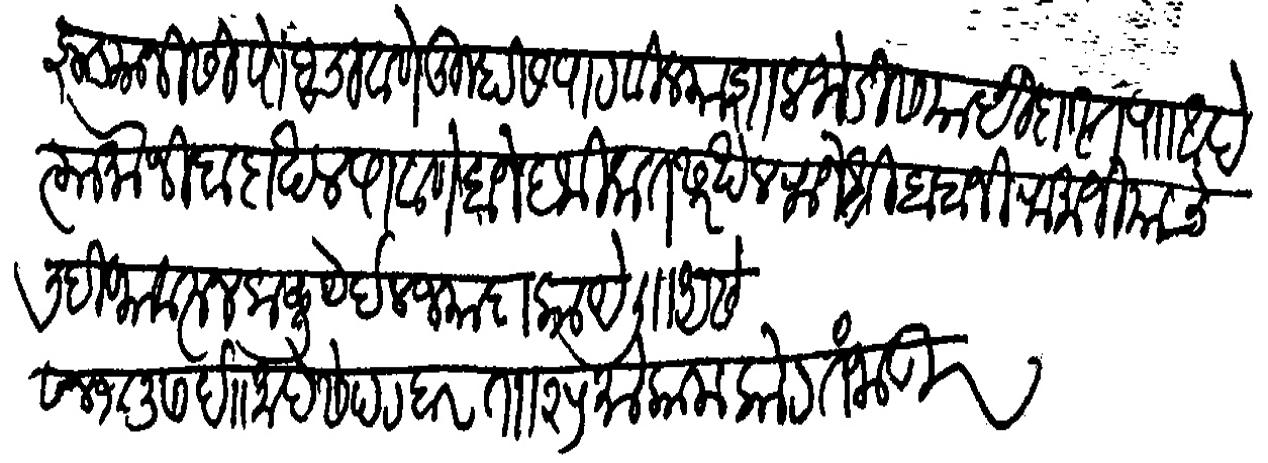
Transliteration (Devanagari): अैवज झाड्यानीसी पोहचावणे तुम्हास पाठविल्या शाल जोडीस यादी दास्त पाठवीली आहे त्या बमोजिब दाखल पावणे बाजे हकिकत सरखेल राजश्री बाबाजी रामाजी याचे लिहीण्यावरून कळू येईल ज्यादा काय ली असे सन १८३७ ईसवी माहे सेपटबर तारिख २५ मोकाम कोट तंजावूर